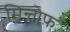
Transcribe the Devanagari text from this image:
मिन्तोफ़